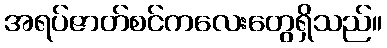
အရပ်ဇာတ်စင်ကလေးတွေရှိသည်။